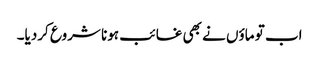
اب تو ماؤں نے بھی غائب ہونا شروع کردیا۔